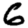
Digit: 6